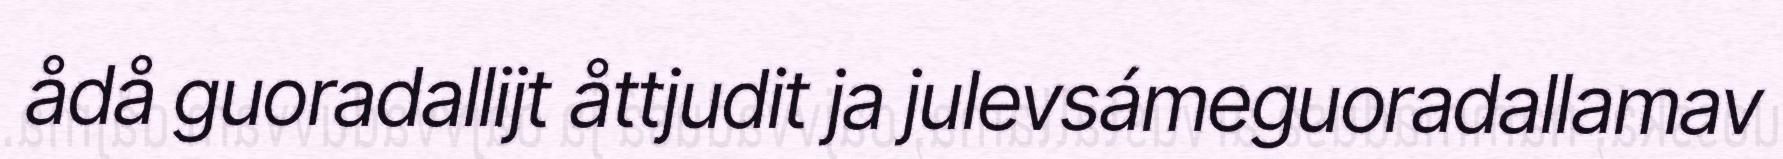
ådå guoradallijt åttjudit ja julevsámeguoradallamav